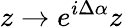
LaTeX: z\to e^{i\Delta\alpha}z